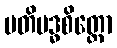
ပတိဗဒ္ဓစိတ္တော